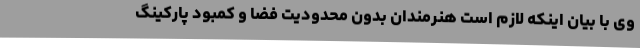
وی با بیان اینکه لازم است هنرمندان بدون محدودیت فضا و کمبود پارکینگ